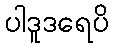
ပါဒူဒရေပိ